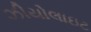
ઝીયોલાઇટ